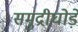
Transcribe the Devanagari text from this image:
समुद्रीघोड़े